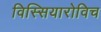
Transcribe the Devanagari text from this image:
विस्सियारोविच